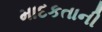
માદકતાની